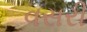
વસરી